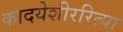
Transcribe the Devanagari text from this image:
कादयेशीररित्या